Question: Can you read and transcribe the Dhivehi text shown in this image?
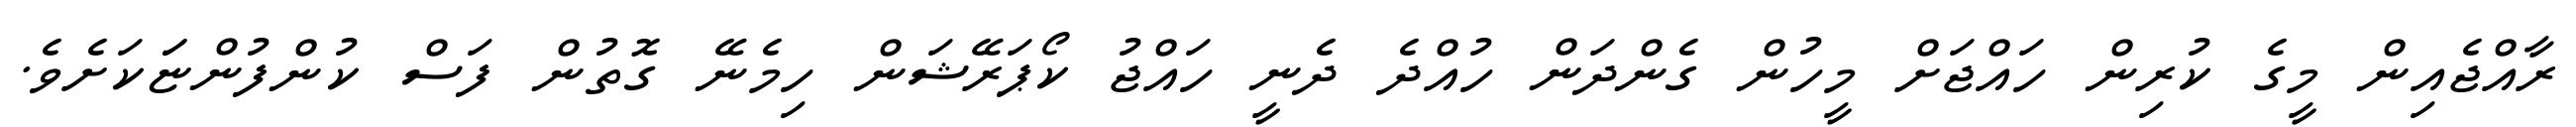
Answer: ރާއްޖެއިން މީގެ ކުރިން ހައްޖަށް މީހުން ގެންދަން ހުއްދެ ދެނީ ހައްޖު ކޯޕަރޭޝަން ހިމެނޭ ގޮތުން ފަސް ކުންފުންޏަަކަށެވެ.